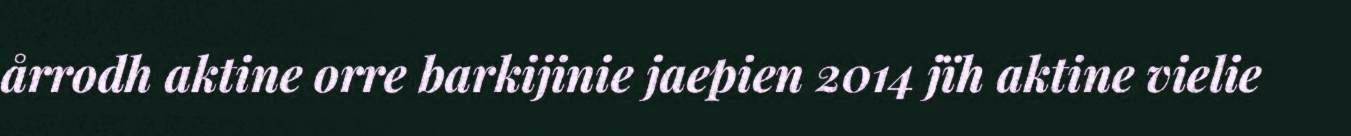
årrodh aktine orre barkijinie jaepien 2014 jïh aktine vielie